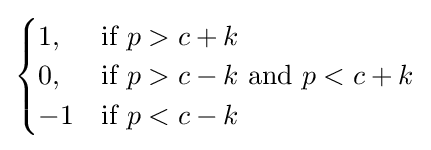
{\begin{cases}1,&{\text{if }}p>c+k\\0,&{\text{if }}p>c-k{\text{ and }}p<c+k\\-1&{\text{if }}p<c-k\\\end{cases}}